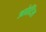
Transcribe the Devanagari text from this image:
अप्रेटिंस